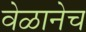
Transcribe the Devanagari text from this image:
वेळानेच